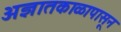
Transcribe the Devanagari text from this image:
अज्ञातकाळापासून